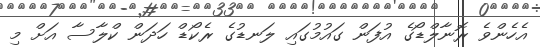
އެހެންވެ ރޮނާލްޑޯގެ އުފަން ގައުމުގައި ލަނޑުގެ ރެކޯޑް ހަދަން ކްލާސާ އަށް މި